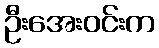
ဦးအေးဝင်းက